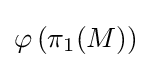
\varphi \left(\pi _{1}(M)\right)